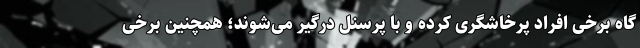
گاه برخی افراد پرخاشگری کرده و با پرسنل درگیر می‌شوند؛ همچنین برخی